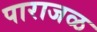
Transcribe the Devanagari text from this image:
पाराजळ